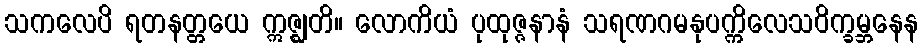
သကလေပိ ရတနတ္တယေ ဣဇ္ဈတိ။ လောကိယံ ပုထုဇ္ဇနာနံ သရဏဂမနုပက္ကိလေသဝိက္ခမ္ဘနေန